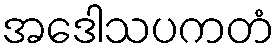
အဒေါသပကတံ